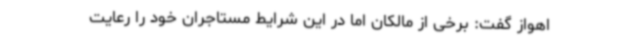
اهواز گفت: برخی از مالکان اما در این شرایط مستاجران خود را رعایت